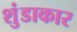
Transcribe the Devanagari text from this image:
शुंडाकार